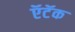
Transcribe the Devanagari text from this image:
ऍटॅक